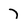
Character: 7